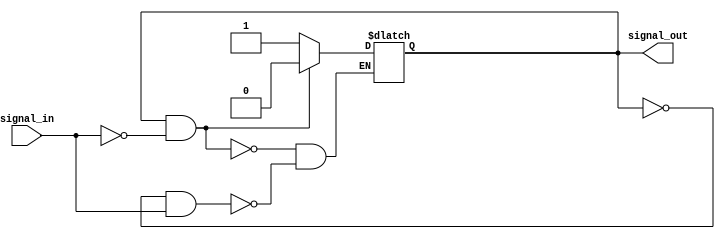
module schmitt_trigger_inverter (
    input wire signal_in,
    output wire signal_out
);

reg reg_out;
parameter THRESHOLD_HIGH = 1'b1;
parameter THRESHOLD_LOW = 1'b0;

always @* begin
    if (reg_out == THRESHOLD_HIGH && !signal_in) begin
        reg_out <= THRESHOLD_LOW;
    end else if (reg_out == THRESHOLD_LOW && signal_in) begin
        reg_out <= THRESHOLD_HIGH;
    end
end

assign signal_out = reg_out;

endmodule